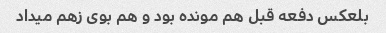
بلعکس دفعه قبل هم مونده بود و هم بوی زهم میداد